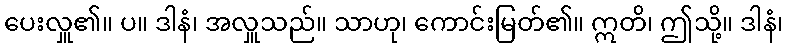
ပေးလှူ၏။ ပ။ ဒါနံ၊ အလှူသည်။ သာဟု၊ ကောင်းမြတ်၏။ ဣတိ၊ ဤသို့။ ဒါနံ၊